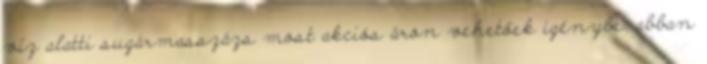
víz alatti sugármasszázs most akciós áron vehetőek igénybe: abban